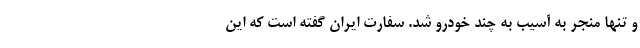
و تنها منجر به آسیب به چند خودرو شد. سفارت ایران گفته است که این